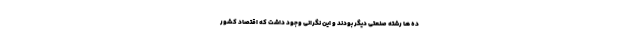
ده ها رشته صنعتی دیگر بودند و این نگرانی وجود داشت که اقتصاد کشور